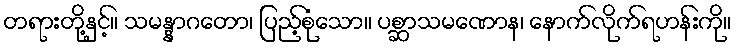
တရားတို့နှင့်။ သမန္နာဂတော၊ ပြည့်စုံသော။ ပစ္ဆာသမဏောန၊ နောက်လိုက်ရဟန်းကို။